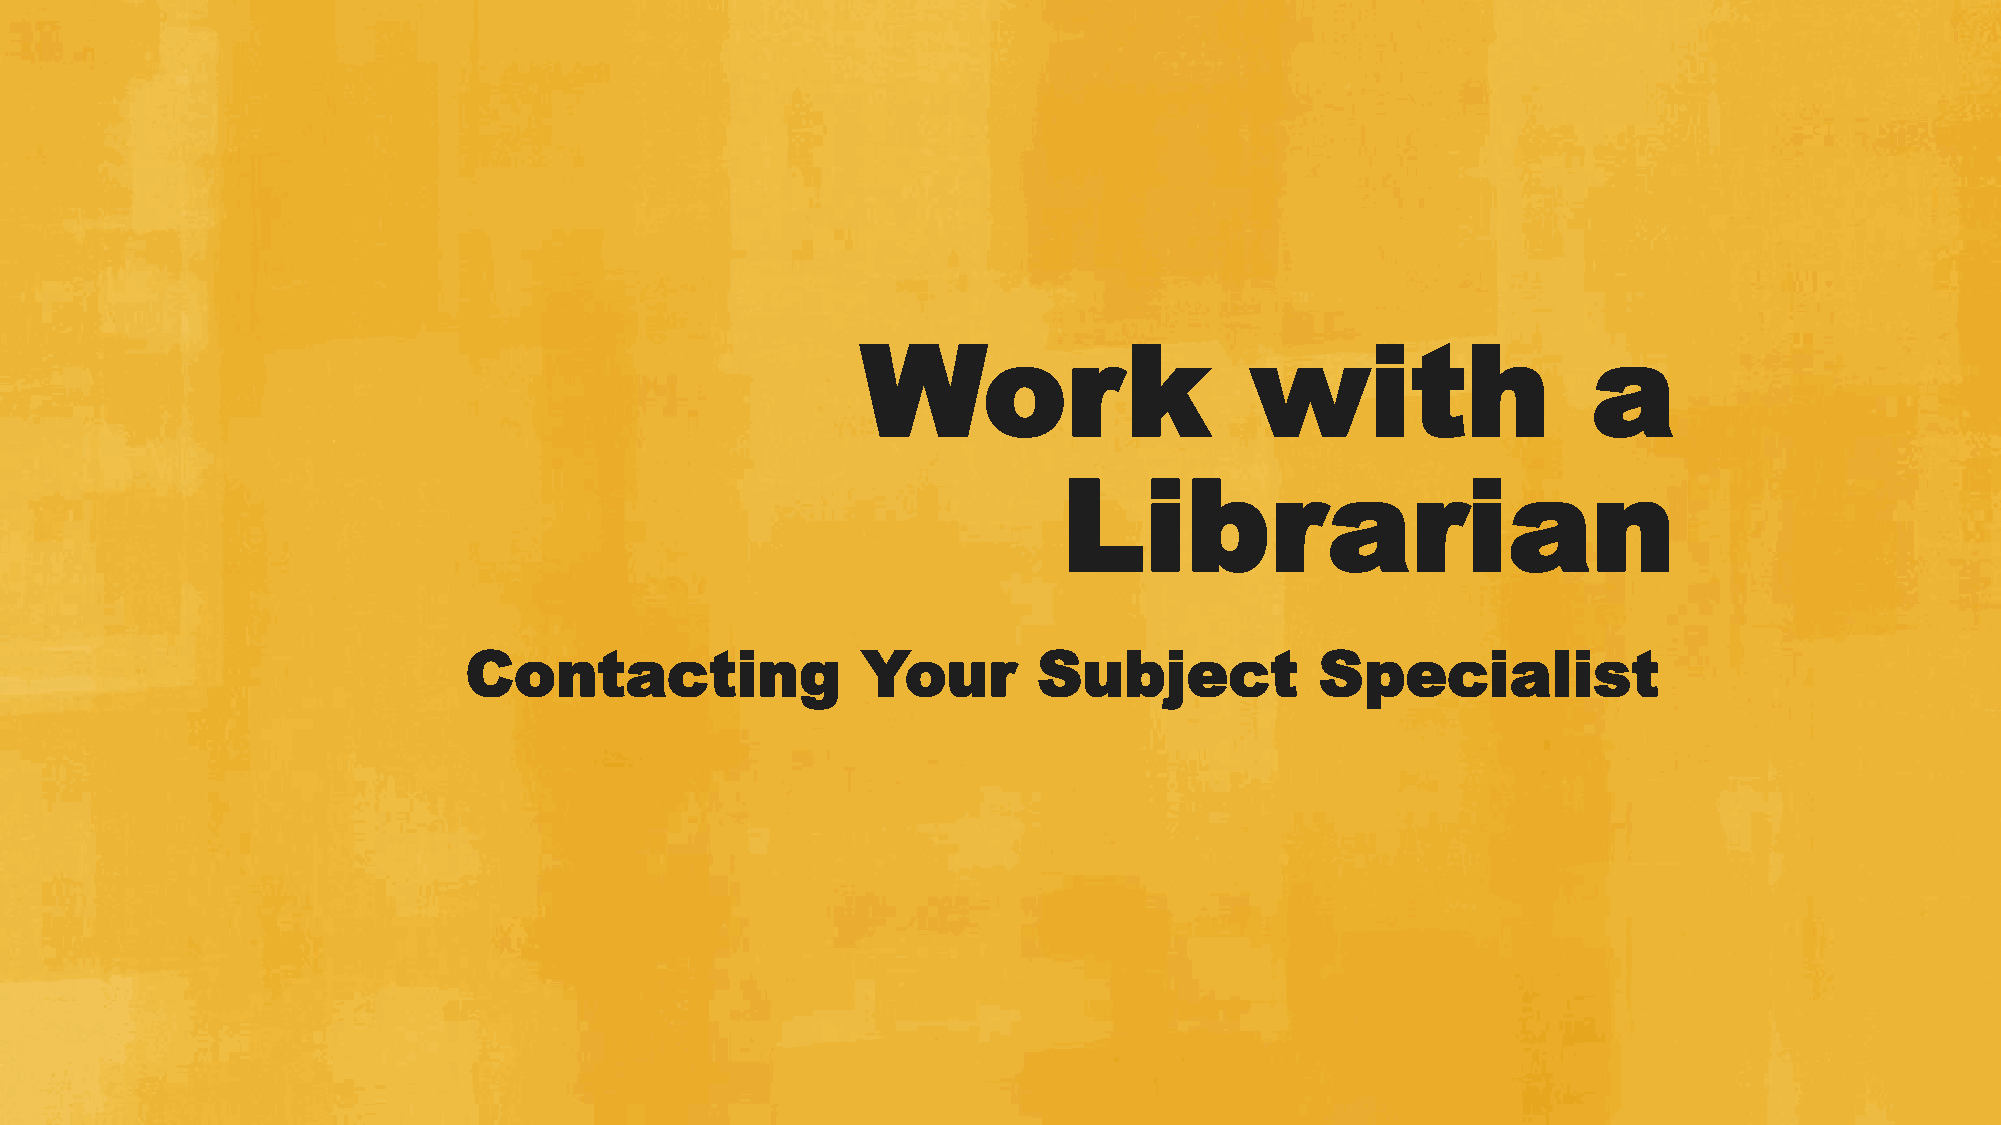
Work                      with                  a
 Librarian
 Contacting                Your        Subject           Specialist